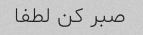
صبر کن لطفا